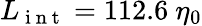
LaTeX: L_{\mathrm{~i~n~t~}}=112.6\ \eta_{0}